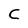
Character: C